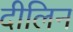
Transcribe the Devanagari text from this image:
दीलिन